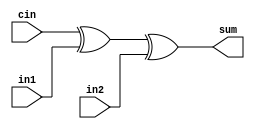
module adder1bit(cin, in1, in2, sum);

	/* Carry-lookahead adder implementation; only computes sum */

	input cin, in1, in2;
	output sum;
	
	xor sumxor(sum, cin, in1, in2);

endmodule